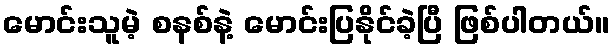
မောင်းသူမဲ့ စနစ်နဲ့ မောင်းပြနိုင်ခဲ့ပြီ ဖြစ်ပါတယ်။